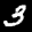
Label: 3